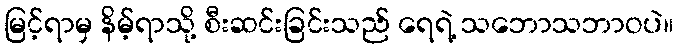
မြင့်ရာမှ နိမ့်ရာသို့ စီးဆင်းခြင်းသည် ရေရဲ့ သဘောသဘာဝပဲ။